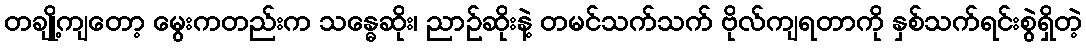
တချို့ကျတော့ မွေးကတည်းက သန္ဓေဆိုး၊ ညာဉ်ဆိုးနဲ့ တမင်သက်သက် ဗိုလ်ကျရတာကို နှစ်သက်ရင်းစွဲရှိတဲ့